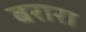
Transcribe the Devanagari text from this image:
बरारा